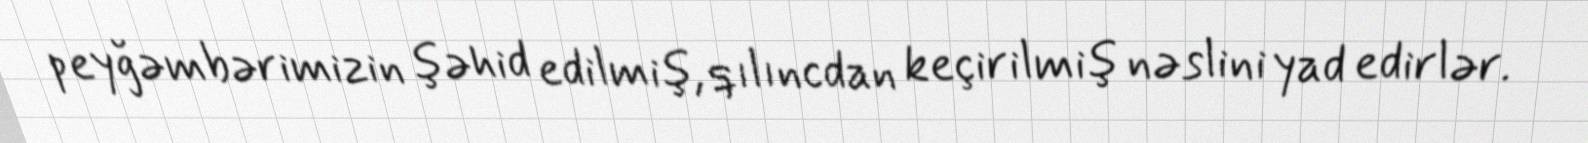
peyğəmbərimizin şəhid edilmiş, qılıncdan keçirilmiş nəslini yad edirlər.